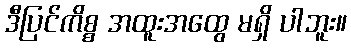
ဒီပြင်ကိစ္စ အထူးအထွေ မရှိ ပါဘူး။